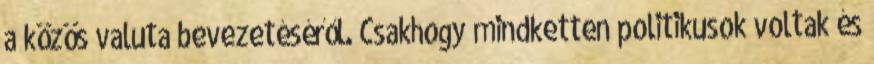
a közös valuta bevezetéséről. Csakhogy mindketten politikusok voltak és